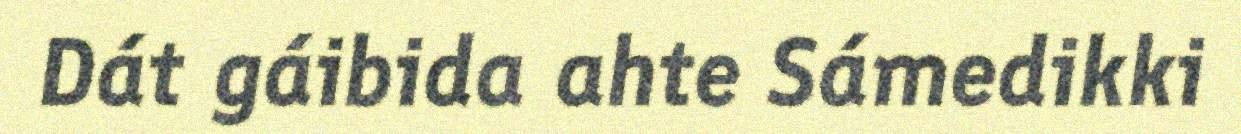
Dát gáibida ahte Sámedikki